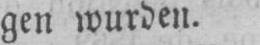
gen wurden.